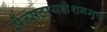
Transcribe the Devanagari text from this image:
सेंन्सटायझेशनमुळे